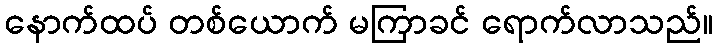
နောက်ထပ် တစ်ယောက် မကြာခင် ရောက်လာသည်။